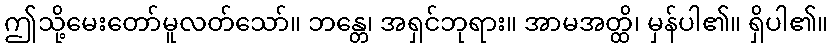
ဤသို့မေးတော်မူလတ်သော်။ ဘန္တေ၊ အရှင်ဘုရား။ အာမအတ္ထိ၊ မှန်ပါ၏။ ရှိပါ၏။